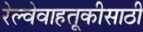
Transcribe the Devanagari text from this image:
रेल्वेवाहतूकीसाठी